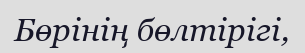
Бөрінің бөлтірігі,